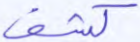
كشف